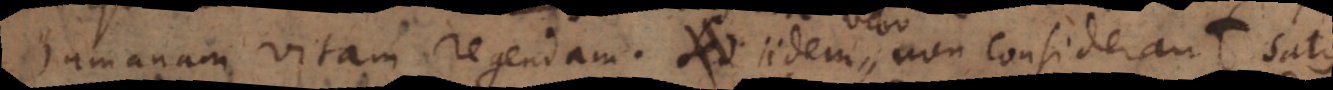
humanam vitam regendam. Sed non considerant satis